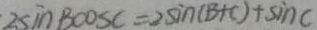
2 \sin B \cos C = 2 \sin ( B + C ) + \sin C